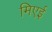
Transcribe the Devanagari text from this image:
मिएई